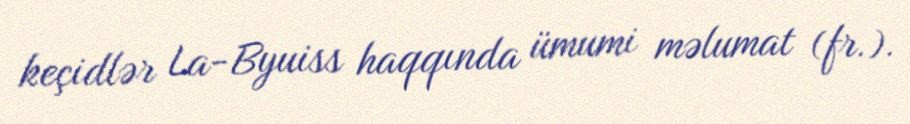
keçidlər La-Byuiss haqqında ümumi məlumat (fr.).